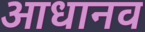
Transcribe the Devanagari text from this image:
आधानव